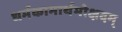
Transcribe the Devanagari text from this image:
धर्मकामार्थमोक्षदम्